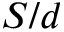
S / d